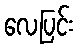
လေပြင်း